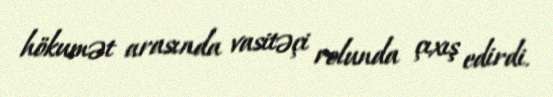
hökumət arasında vasitəçi rolunda çıxış edirdi.